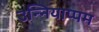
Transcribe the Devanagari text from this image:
उन्नियाप्पम